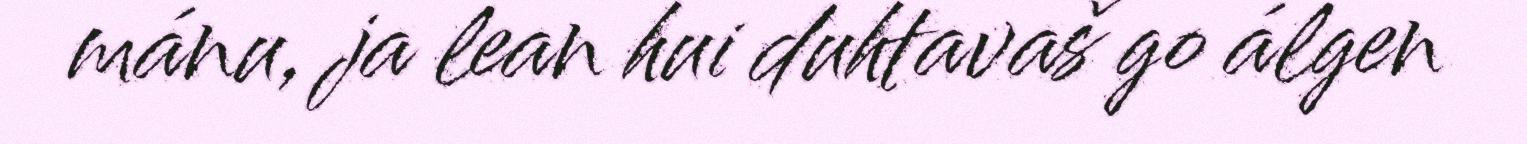
mánu, ja lean hui duhtavaš go álgen